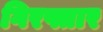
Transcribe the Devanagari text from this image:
गिरफ्तार